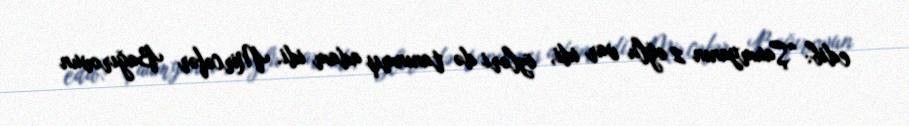
edib: “Şaumyanın 2 oğlu var idi, özləri də tanınmış adam idi. Mircəfər Bağırovun